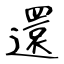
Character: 還